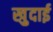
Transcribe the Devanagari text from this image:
खु़दाई